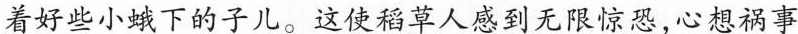
着好些小蛾下的子儿。这使稻草人感到无限惊恐，心想祸事